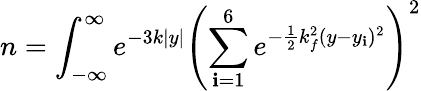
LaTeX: n=\int_{-\infty}^{\infty}e^{-3k|y|}\left(\sum_{\mathbf{i}=1}^{6}e^{-\frac{{1}}{{2}}k_{f}^{2}(y-y_{\mathbf{i}})^{2}}\right)^{2}